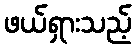
ဖယ်ရှားသည့်